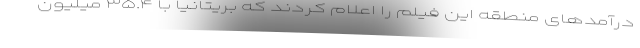
درآمدهای منطقه این فیلم را اعلام کردند که بریتانیا با ۳۵.۴ میلیون